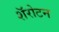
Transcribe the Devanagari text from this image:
शॅरोटन